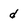
Character: d